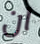
ان